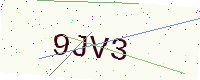
Text: 9JV3